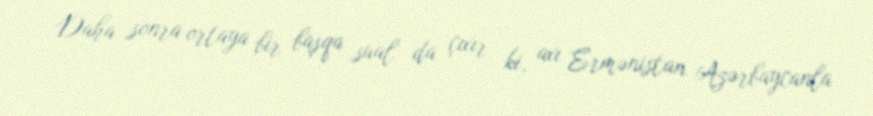
Daha sonra ortaya bir başqa sual da çıxır ki, axı Ermənistan Azərbaycanla